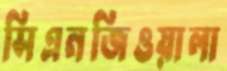
সিএনজিওয়ালা